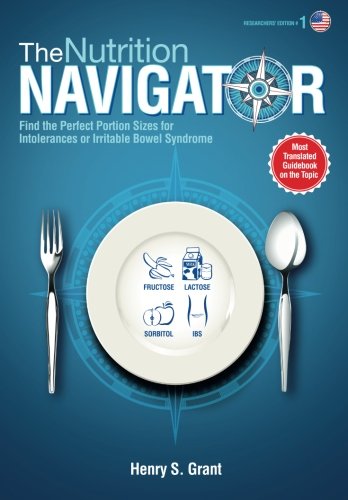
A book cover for THE NUTRITION NAVIGATOR [researchers' edition US]: Find the Perfect Portion Sizes for Fructose, Lactose and/or Sorbitol Intolerance or  Irritable Bowel Syndrome; Henry S. Grant; Health, Fitness & Dieting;